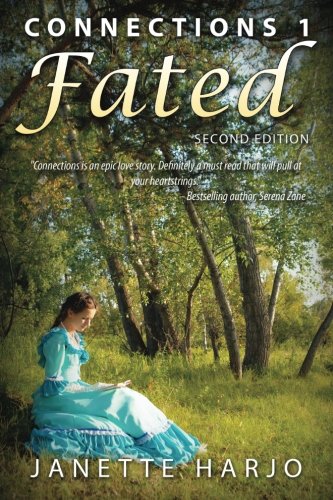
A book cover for Fated: 2nd Edition (CONNECTIONS) (Volume 1); Janette Harjo; Romance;